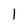
Character: l